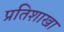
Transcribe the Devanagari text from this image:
प्रतिशाखा